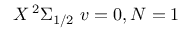
X \, ^ { 2 } \Sigma _ { 1 / 2 } \ v = 0 , N = 1